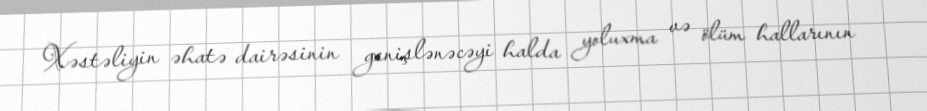
Xəstəliyin əhatə dairəsinin genişlənəcəyi halda yoluxma və ölüm hallarının